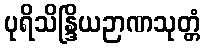
ပုရိသိန္ဒြိယဉာဏသုတ္တံ